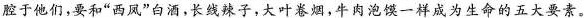
腔于他们,要和“西风”白酒,长线辣子,大叶卷烟,牛肉泡馍一样成为生命的五大要素。